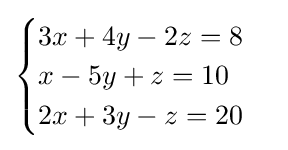
{\begin{cases}3x+4y-2z=8\\x-5y+z=10\\2x+3y-z=20\end{cases}}